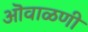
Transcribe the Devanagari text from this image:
ऒवाळणी